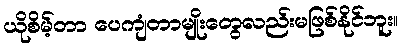
ယိုစိမ့်တာ ပေကျံတာမျိုးတွေလည်းမဖြစ်နိုင်ဘူး။